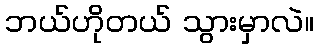
ဘယ်ဟိုတယ် သွားမှာလဲ။